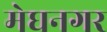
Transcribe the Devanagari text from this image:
मेघनगर